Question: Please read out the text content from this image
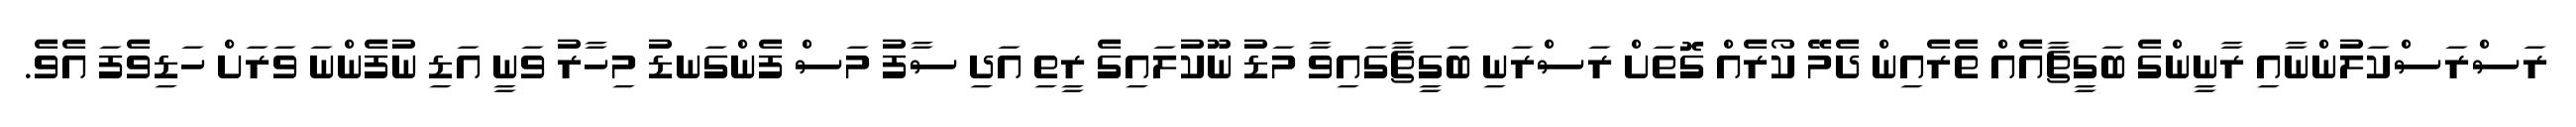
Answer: ރަސްރަސްކަލުންނާއި ރާނީންގެ ބަގީޗާއެއް ތެރެއިން ދެމޭ ކޯރެއް ގޮތަށް ރަސްރަނި ބަގީޗާގައިވާ މަޑު ނޫކުލައިގެ ރީތި އަދި ސާފު މަސް ފެންގަނޑު މިހާރު ވަނީ އަޑި ނުފެންނަ ވަރަށް ހަޑިވެފަ އެވެ.